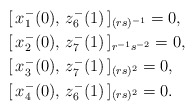
\begin{align*} &[\,x_{1}^-(0),\,z_{6}^-(1)\,]_{(rs)^{-1}}=0,\\ &[\,x_{2}^-(0),\,z_{7}^-(1)\,]_{r^{-1}s^{-2}}=0, \\ &[\,x_{3}^-(0),\,z_{7}^-(1)\,]_{(rs)^{2}}=0,\\ & [\,x_{4}^-(0),\,z_{6}^-(1)\,]_{(rs)^{2}}=0.\end{align*}